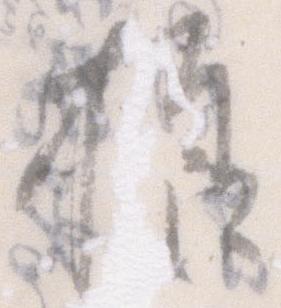
様